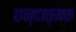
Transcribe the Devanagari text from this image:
छन्दात्मक